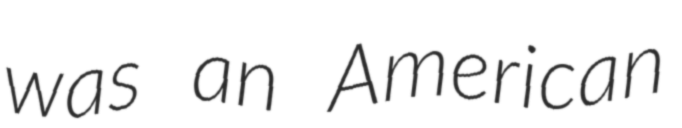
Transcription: was an American